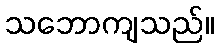
သဘောကျသည်။